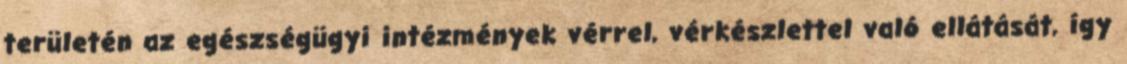
területén az egészségügyi intézmények vérrel, vérkészlettel való ellátását, így